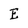
Character: E